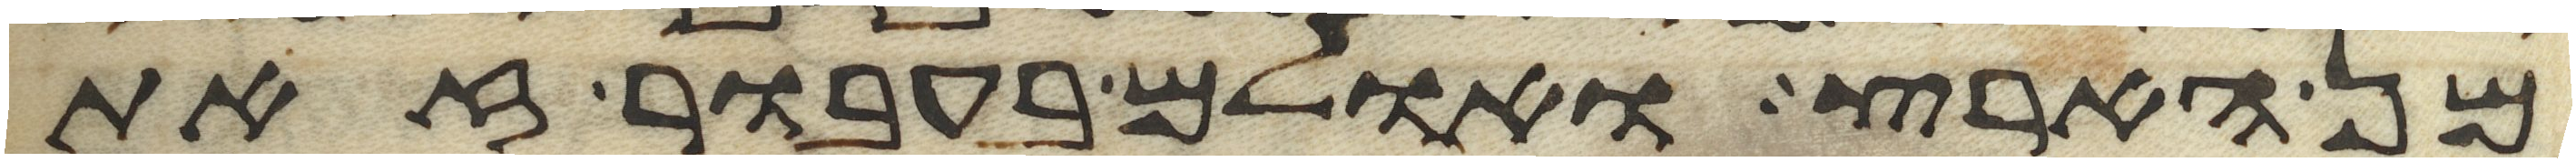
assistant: מן הארץ ואולם בעבור זאת